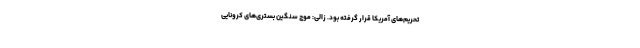
تحریم‌های آمریکا قرار گرفته بود. زالی: موج سنگین بستری‌های کرونایی